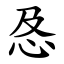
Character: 㤂